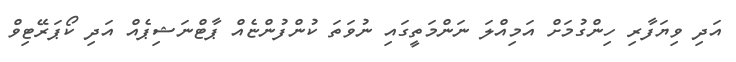
އަދި ވިޔަފާރި ހިންގުމަށް އަމިއްލަ ނަންމަތީގައި ނުވަތަ ކުންފުންޏެއް ޕާޓްނަޝިޕެއް އަދި ކޯޕަރޭޓިވް